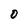
Character: O